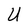
Character: U